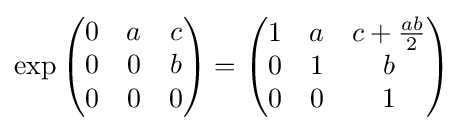
\exp {\begin{pmatrix}0&a&c\\0&0&b\\0&0&0\end{pmatrix}}={\begin{pmatrix}1&a&c+{\frac {ab}{2}}\\0&1&b\\0&0&1\end{pmatrix}}